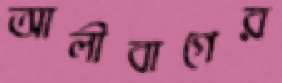
আলীবাগের